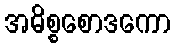
အဓိစ္စစောဒကော